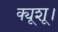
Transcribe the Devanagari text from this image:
क्यूशू।